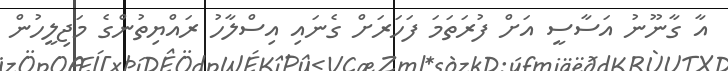
އާ ގާނޫނު އަސާސީ އަށް ފުރަތަމަ ފަހަރަށް ގެނައި އިސްލާހު ރައްޔިތުންގެ މަޖިލީހުން